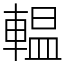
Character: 輼